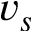
v _ { s }